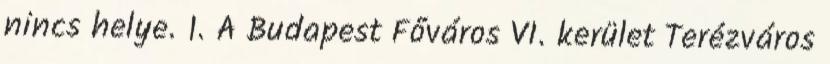
nincs helye. 1. A Budapest Főváros VI. kerület Terézváros